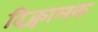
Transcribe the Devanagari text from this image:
दिक्चालक